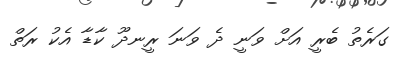
ގަރެތު ބެރީ އަށް ވަނީ ދެ ވަނަ ރީނދޫ ކާޑާ އެކު ރަތް